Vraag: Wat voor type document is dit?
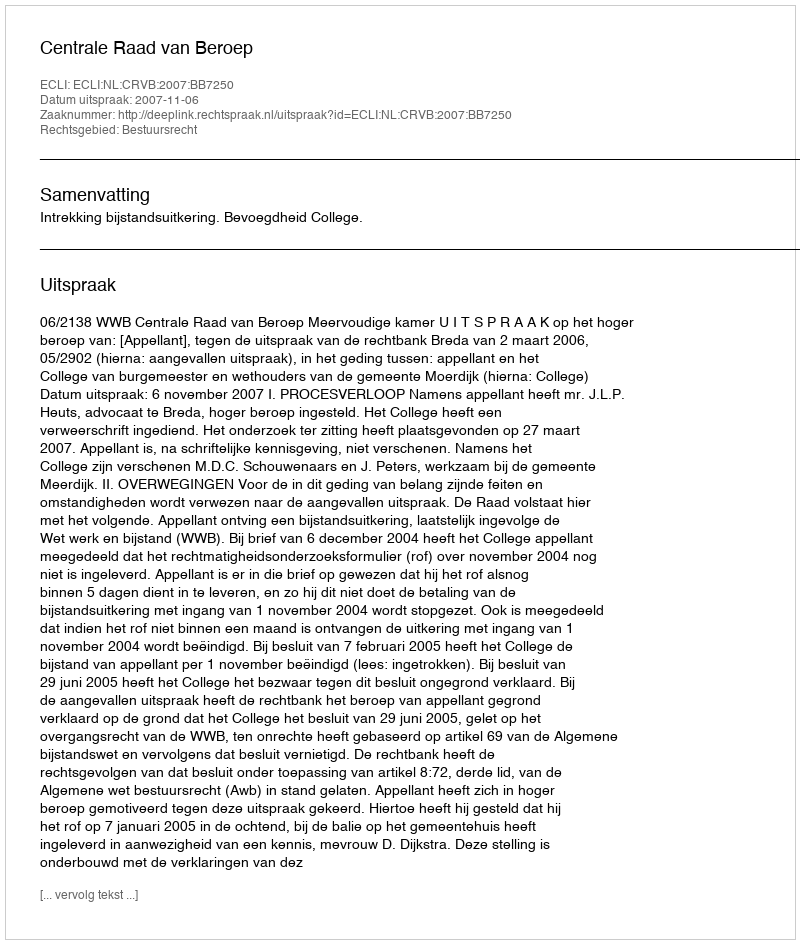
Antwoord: Uitspraak